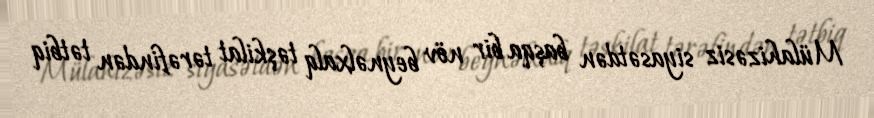
Mülahizəsiz siyasətdən başqa bir növ beynəlxalq təşkilat tərəfindən tətbiq